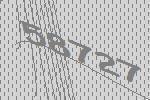
58727